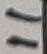
Text: 11